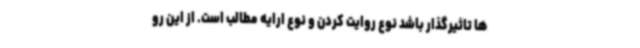
ها تاثیرگذار باشد نوع روایت کردن و نوع ارایه مطالب است. از این رو